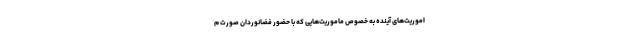
اموریت‌های آینده به خصوص ماموریت‌هایی که با حضور فضانوردان صورت م